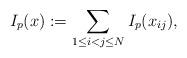
LaTeX: \begin{align*}I_p(x) := \sum_{1\le i<j\le N} I_p(x_{ij}),\end{align*}